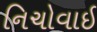
નિચોવાઈ